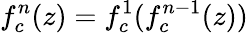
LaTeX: f_{c}^{n}(z)=f_{c}^{1}(f_{c}^{n-1}(z))